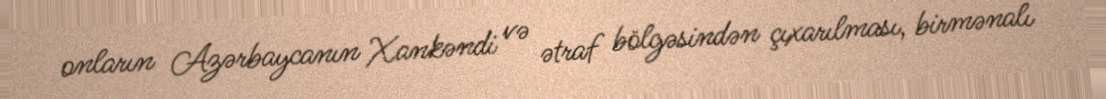
onların Azərbaycanın Xankəndi və ətraf bölgəsindən çıxarılması, birmənalı